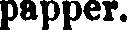
papper.